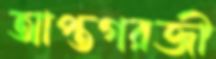
আপ্তগরজী